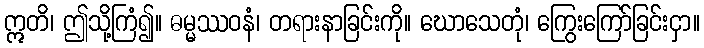
ဣတိ၊ ဤသို့ကြံ၍။ ဓမ္မဿဝနံ၊ တရားနာခြင်းကို။ ဃောသေတုံ၊ ကြွေးကြော်ခြင်းငှာ။